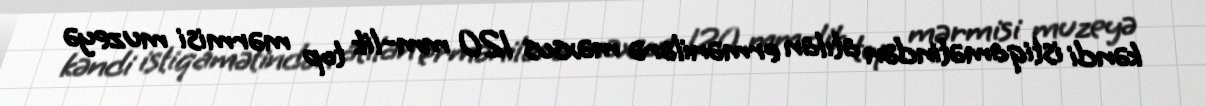
kəndi istiqamətindən atılan ermənilərə məxsus 120 mm-lik top mərmisi muzeyə